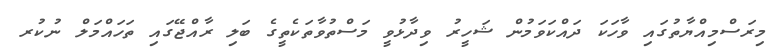
މިރަސްމިއްޔާތުގައި ވާހަކަ ދައްކަވަމުން ޝަހީރު ވިދާޅުވީ މަސްތުވާތަކެތީގެ ބަލި ރާއްޖޭގައި ތަހައްމަލް ނުކުރ